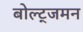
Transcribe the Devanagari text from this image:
बोल्ट्जमन